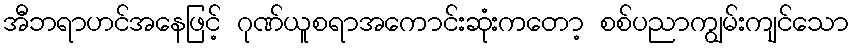
အီဘရာဟင်အနေဖြင့် ဂုဏ်ယူစရာအကောင်းဆုံးကတော့ စစ်ပညာကျွမ်းကျင်သော